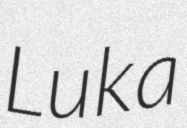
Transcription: Luka